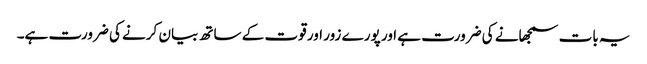
یہ بات سمجھانے کی ضرورت ہے اور پورے زور اور قوت کے ساتھ بیان کرنے کی ضرورت ہے۔